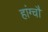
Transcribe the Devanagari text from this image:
हांग्चौ